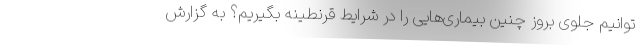
توانیم جلوی بروز چنین بیماری‌هایی را در شرایط قرنطینه بگیریم؟ به گزارش